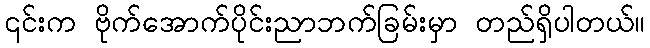
၎င်းက ဗိုက်အောက်ပိုင်းညာဘက်ခြမ်းမှာ တည်ရှိပါတယ်။